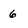
Character: 6